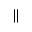
\parallel